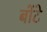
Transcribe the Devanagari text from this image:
बोंटे